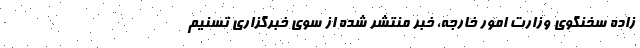
زاده سخنگوی وزارت امور خارجه، خبر منتشر شده از سوی خبرگزاری تسنیم